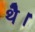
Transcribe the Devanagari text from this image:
थेै।